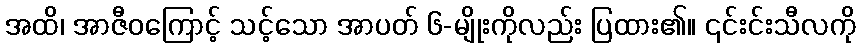
အထိ၊ အာဇီဝကြောင့် သင့်သော အာပတ် ၆-မျိုးကိုလည်း ပြထား၏။ ၎င်းင်းသီလကို